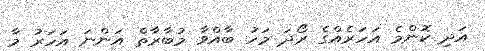
އަދި ކޮންމެ އަހަރެއްގެ ރޯދަ މަހު ބާއްވާ މުބާރާތް އަންނަ އަހަރު މާ